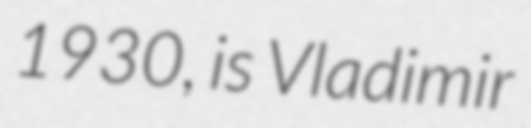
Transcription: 1930, is Vladimir